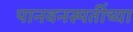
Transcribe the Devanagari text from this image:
पानवनस्पतींच्या